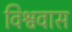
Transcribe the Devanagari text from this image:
विश्ववास